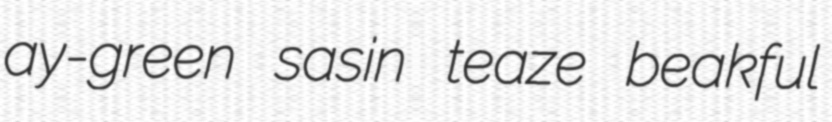
ay-green sasin teaze beakful